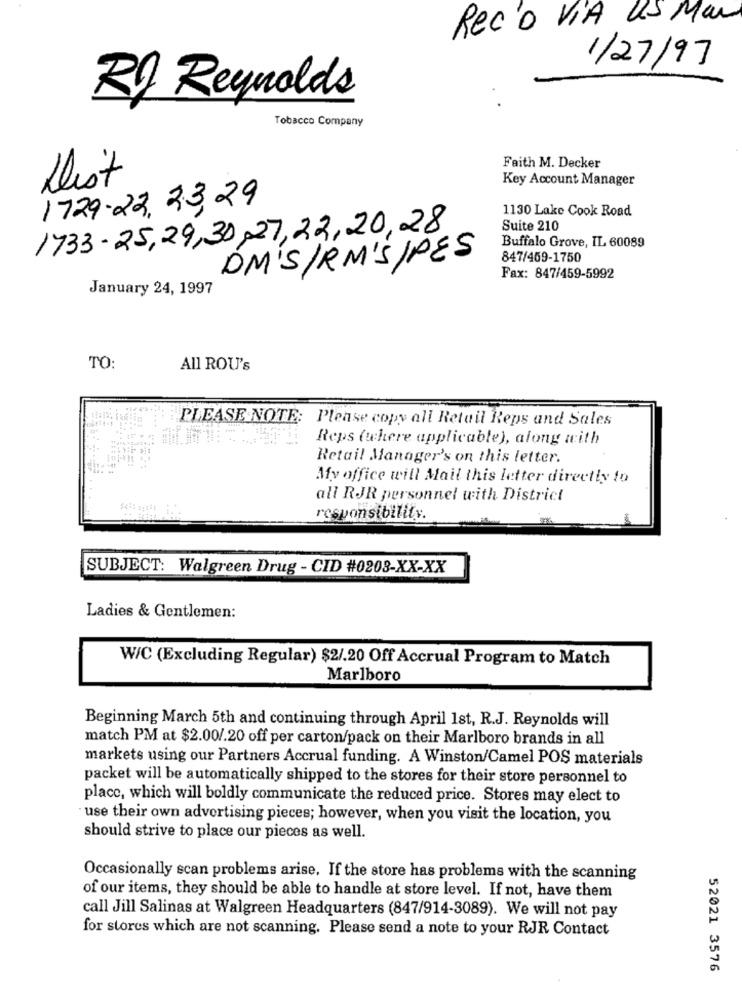
Rec'D VIA US Mar
1/27/97
R) Reynolds
Tobacco Company
Faith M. Decker
Dist
Key Account Manager
1729-22,23,29
1130 Lake Cook Road
1733-25,29,30,27,22,20,28
Suite 210
Buffalo Grove, IL 60089
DM'S/RM'S/PES
847/469-1750
Fax: 847/459-5992
January 24, 1997
TO:
All ROU's
PLEASE NOTE: Please copy all Retail Reps and Sales
Reps (where applicable), along with
Retail Manager's on this letter.
My office will Mail this letter directly to
all RJR personnel with District
responsibility.
SUBJECT: Walgreen Drug - CID #0208-XX-XX
Ladies & Gentlemen:
W/C (Excluding Regular) $2/.20 Off Accrual Program to Match
Marlboro
Beginning March 5th and continuing through April 1st, R.J. Reynolds will
match PM at $2.00/.20 off per carton/pack on their Marlboro brands in all
markets using our Partners Accrual funding. A Winston/Camel POS materials
packet will be automatically shipped to the stores for their store personnel to
place, which will boldly communicate the reduced price. Stores may elect to
use their own advertising pieces; however, when you visit the location, you
should strive to place our pieces as well.
Occasionally scan problems arise. If the store has problems with the scanning
of our items, they should be able to handle at store level. If not, have them
call Jill Salinas at Walgreen Headquarters (847/914-3089). We will not pay
for stores which are not scanning. Please send a note to your RJR Contact
52021 3576